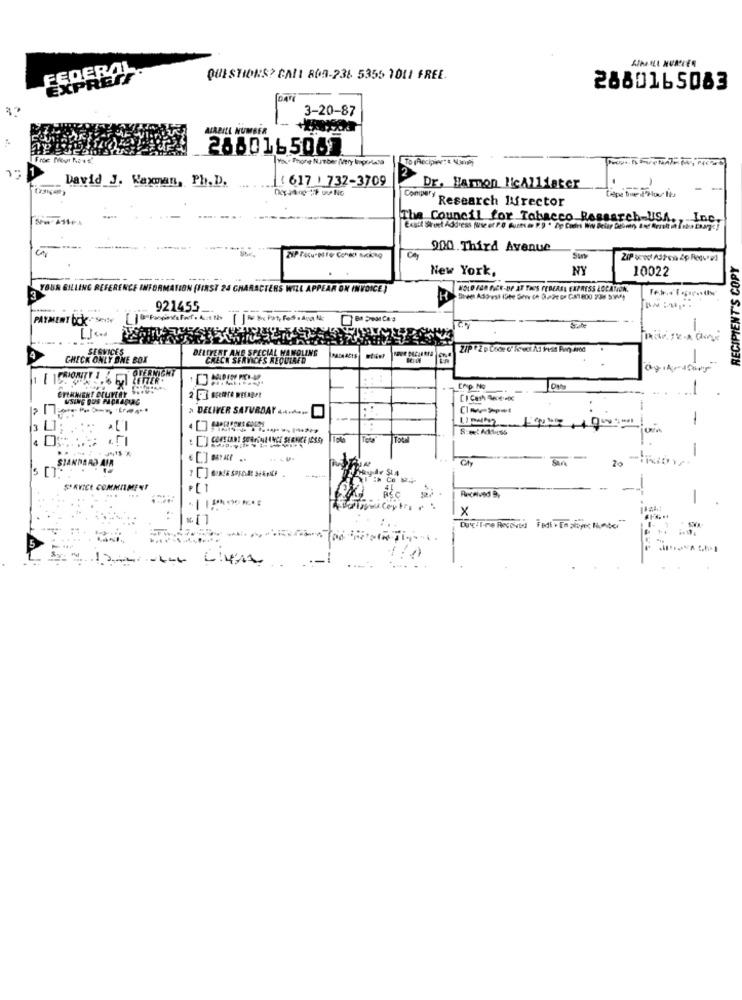
FEDERAL
EXPREFF
QUESTIONS? CALL 809-236 5355 1011 FREE.
2880165083
(omri"
3-20-87
MIRBILL NUMBER
2880165087
Yi- Phone Number (Very loportata
To Recipier: : Ung)
( 617 ) 732-3709
David J. Waxman, Ph. D.
Dr, Harmon licAlliater
Compery
"Research Director
The Council for Tobacco Researc
... Inc.
900.Third Avenue
RECIPIENT'S COPY
New York,
NY
10022
YOUR GILLING REFERENCE INFORMATION (FIRST 24 CHARACTERS WILL APPEAR ON INVOICE )
HOLD FOR NER-BP AT THES FEDERAL EXPRESS LOCANON.
921455
PAYMENT DOK-SA
SERVICES
CHECK ONLY SHE BOX
BELITENT AND SPECIAL WANGLING
SERVICES REQUIRED
OFERNIGHT
LETTER.
ERTHANIENT CULIVERY
Enp No
-
» DELIVER SATURDAY ......
-
4
-
Ch
20
STANDARD AIR
SAVICE COMMITMENT
-
X